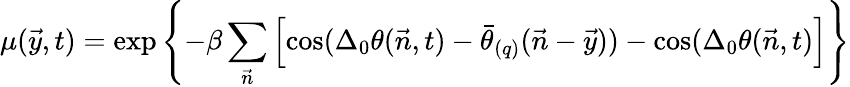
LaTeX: \mu(\vec{y},t)=\exp\left\{ -\beta\sum_{\vec{n}}\left[\cos(\Delta_{0}\theta(\vec{n},t)-\bar{\theta}_{(q)}(\vec{n}-\vec{y}))-\cos(\Delta_{0}\theta(\vec{n},t)\right]\right\}